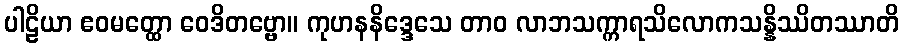
ပါဠိယာ ဧဝမတ္ထော ဝေဒိတဗ္ဗော။ ကုဟနနိဒ္ဒေသေ တာဝ လာဘသက္ကာရသိလောကသန္နိဿိတဿာတိ